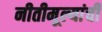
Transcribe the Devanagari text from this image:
नीतीमूल्यांची